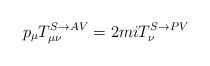
LaTeX: \begin{align*}p_\mu T^{S\rightarrow AV}_{\mu \nu} =2miT^{S\rightarrow PV}_\nu\end{align*}